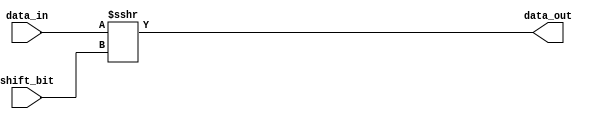
module vec_cordic_shift
#(
  parameter WIDTH = 16,         // Data width
  parameter COUNT_WIDTH = 4     // Counter width
)
(
  input signed [WIDTH-1 : 0]       data_in,
  input        [COUNT_WIDTH-1 : 0] shift_bit,
  output       [WIDTH-1 : 0]       data_out
);
  assign data_out = data_in >>> shift_bit;

endmodule